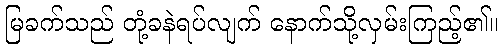
မြခက်သည် တုံ့ခနဲရပ်လျက် နောက်သို့လှမ်းကြည့်၏။